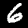
Digit: 6